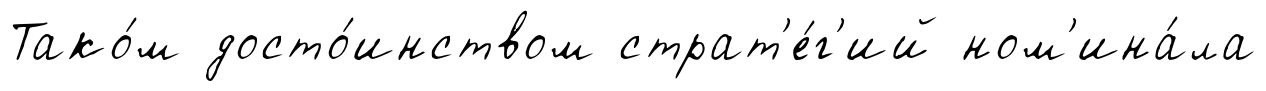
Тако́м досто́инством страт'е́г'ий ном'ина́ла